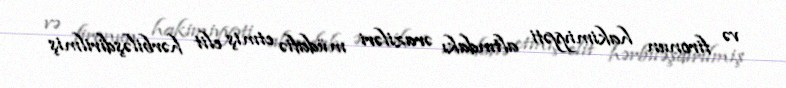
və fironun hakimiyyəti altındakı əraziləri müdafiə etmiş elit hərbiləşdirilmiş